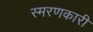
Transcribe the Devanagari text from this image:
स्मरणकारी